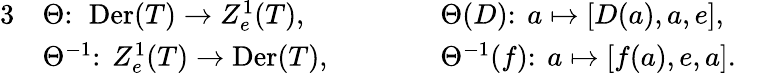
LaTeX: \begin{array}{rlrlr}{{3}}&{\Theta\colon\ \operatorname{Der}(T)\to Z_{e}^{1}(T),\qquad}&&{\Theta(D)\colon\ a\mapsto[D(a),a,e],}&\\ &{\Theta^{-1}\colon\ Z_{e}^{1}(T)\to\operatorname{Der}(T),\qquad}&&{\Theta^{-1}(f)\colon\ a\mapsto[f(a),e,a].}&\end{array}